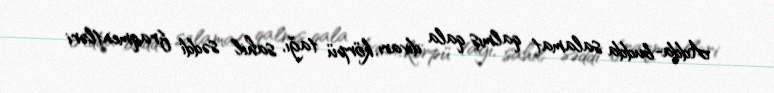
Adda-budda salamat qalmış qala divarı, körpü tağı, sahil səddi fraqmentləri